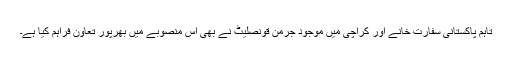
تاہم پاکستانی سفارت خانے اور کراچی میں موجود جرمن قونصلیٹ نے بھی اس منصوبے میں بھرپور تعاون فراہم کیا ہے۔